Language: tamil
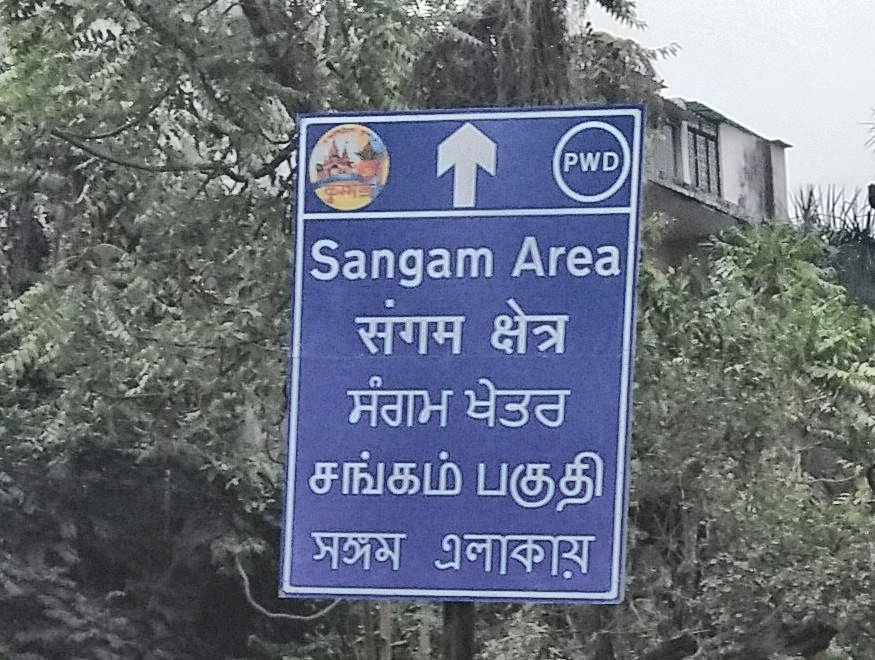
Transcription: சங்கம் பகுதி